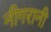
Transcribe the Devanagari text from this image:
नीगरानी